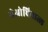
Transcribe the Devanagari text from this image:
येओचिवात्ल